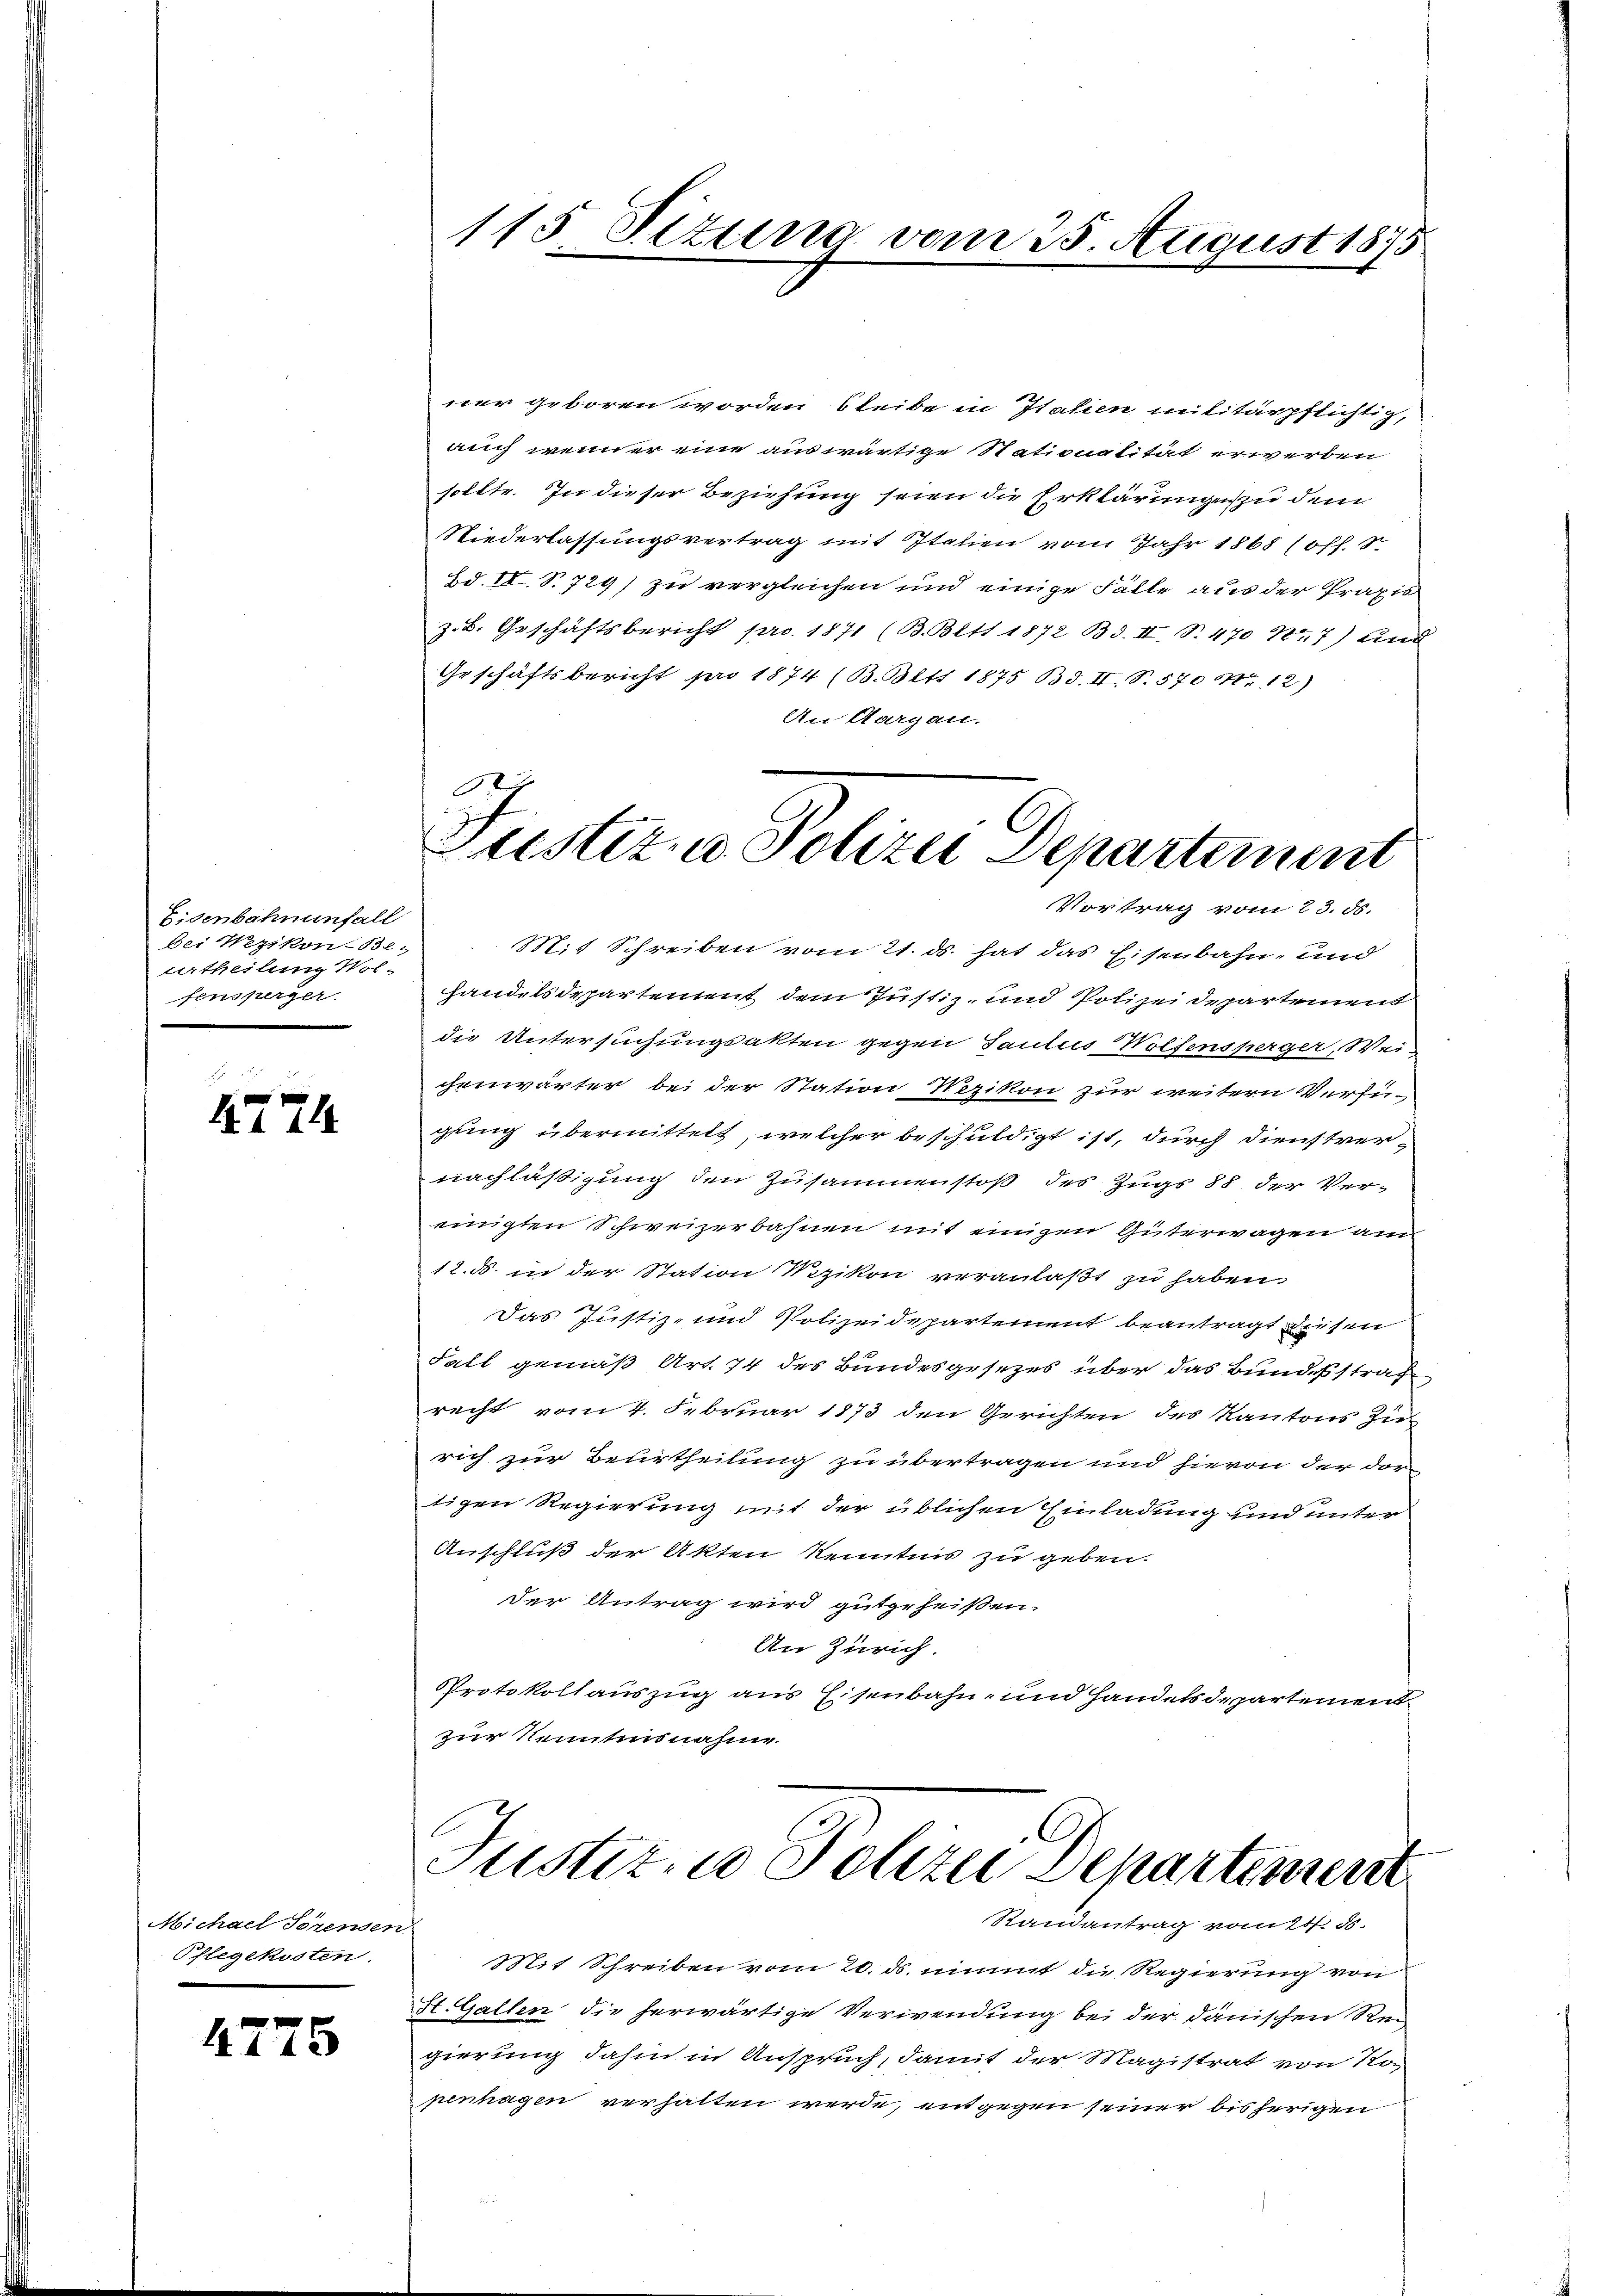
Eisenbahnenfall
bei Wezikon-Be¬
Urtheilung Wol-
fensperger

4774.

Michael Serenden
Pflegekosten.

4775

115 Sizung vom 25. August 1875

ner geboren worden bleibe in Italien militärpflichtig,
auch wenn er eine auswärtige Stationalität erwerben
sollte. In dieser Beziehung seien die Erklärunge zu dem
Niederlassungsvertrag mit Italien vom Jahr 1868 (Off. 3
Bd. II. S. 729) zu vergleichen und einige Fälle aus der Praxis
z. B. Geschäftsbericht pro. 1871 (B. Bltt 1872 Bd. II, S. 470 Kr.7) und
Geschäftsbericht pro 1874 (B. Bett 1875 Bd. II. S. 570 Nr. 12)
An Aargau.
.

Ju
ustiz u. Polizei Departement
Vortrag vom 23. ds.

Mit Schreiben vom 21. ds. hat das Eisenbahn, und
handelsdepartement dem Justiz- und Polizeidepartement
die Untersuchungsakten gegen Saulus Wolfensperger, Wei
chenwärter bei der Station Nezikon zur weitern Verfü-
gung übermittelt, welcher beschuldigt ist, durch Dienstvernachläßigung den Zusammenstoß des Zugs 88 der Ver-
einigten Schweizerbahnen mit einigen Güterwagen am
12. d. in der Station Nezikon veranlaßt zu haben.
Das Justiz- und Polizeidepartement beantragt diesen
Fall gemäß Art. 74 des Bundesgesezes über das Bundesstrafe
recht vom 4. Februar 1873 den Gerichten des Kantons Zu
rich zur Beurtheilung zu übertragen und hievon der dortigen Regierung mit der üblichen Einladung und unter
Anschluß der Akten Kenntnis zu geben.
der Antrag wird gutgeheißen.
An Zürich.
Protokollauszug aus Eisenbahn- und Handelsdepartement
zur Neuntinsnahme.

Justiz u. Polizei Departement
Randantrag vom 21. ds.

Mit Schreiben vom 20. ds. nimmt die Regierung von
St. Gallen die herwärtige Verwendung bei der dänischen Re-
gierung dahin in Anspruch, damit der Magistrat von Kopenhagen verhalten werde, entgegen seiner bisherigen